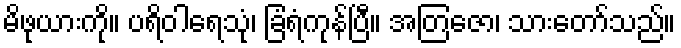
မိဖုယားကို။ ပရိဝါရေသုံ၊ ခြံရံကုန်ပြီ။ အတြဇော၊ သားတော်သည်။